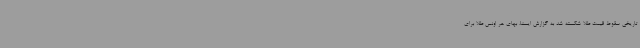
تاریخی سقوط قیمت طلا شکسته شد به گزارش ایسنا، بهای هر اونس طلا برای